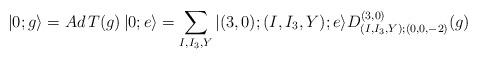
LaTeX: \begin{align*}|0;g\rangle = Ad\,T(g)\,|0;e\rangle =\sum_{I,I_3,Y}|(3,0);(I,I_3,Y);e\rangle D^{(3,0)}_{(I,I_3,Y);(0,0,-2)}(g)\end{align*}